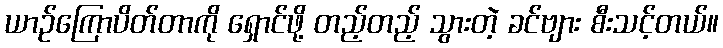
ယာဉ်ကြောပိတ်တာကို ရှောင်ဖို့ တည့်တည့် သွားတဲ့ ခင်ဗျား စီးသင့်တယ်။